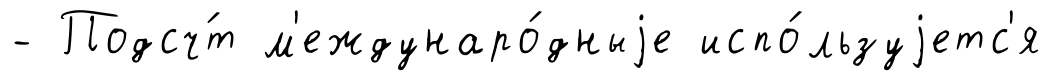
- Подсч́т м'еждунаро́дныjе испо́льзуjетс'я